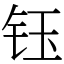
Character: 钰